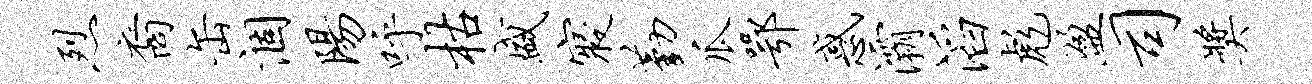
烈裔缶涸阳呼枯盛寝勤瓜鄂惑灞滔彪盈司奖